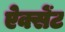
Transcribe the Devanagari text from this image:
ऐक्सेंट